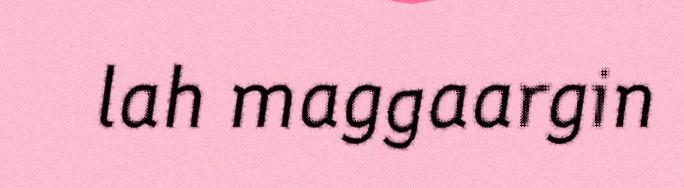
lah maggaargin